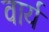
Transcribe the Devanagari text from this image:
वार्यं